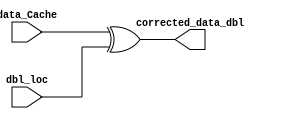
module Corrector_double(
    input [31:0] data_Cache,
    input [31:0] dbl_loc,
    output [31:0] corrected_data_dbl

);

assign corrected_data_dbl = data_Cache ^ dbl_loc;

endmodule